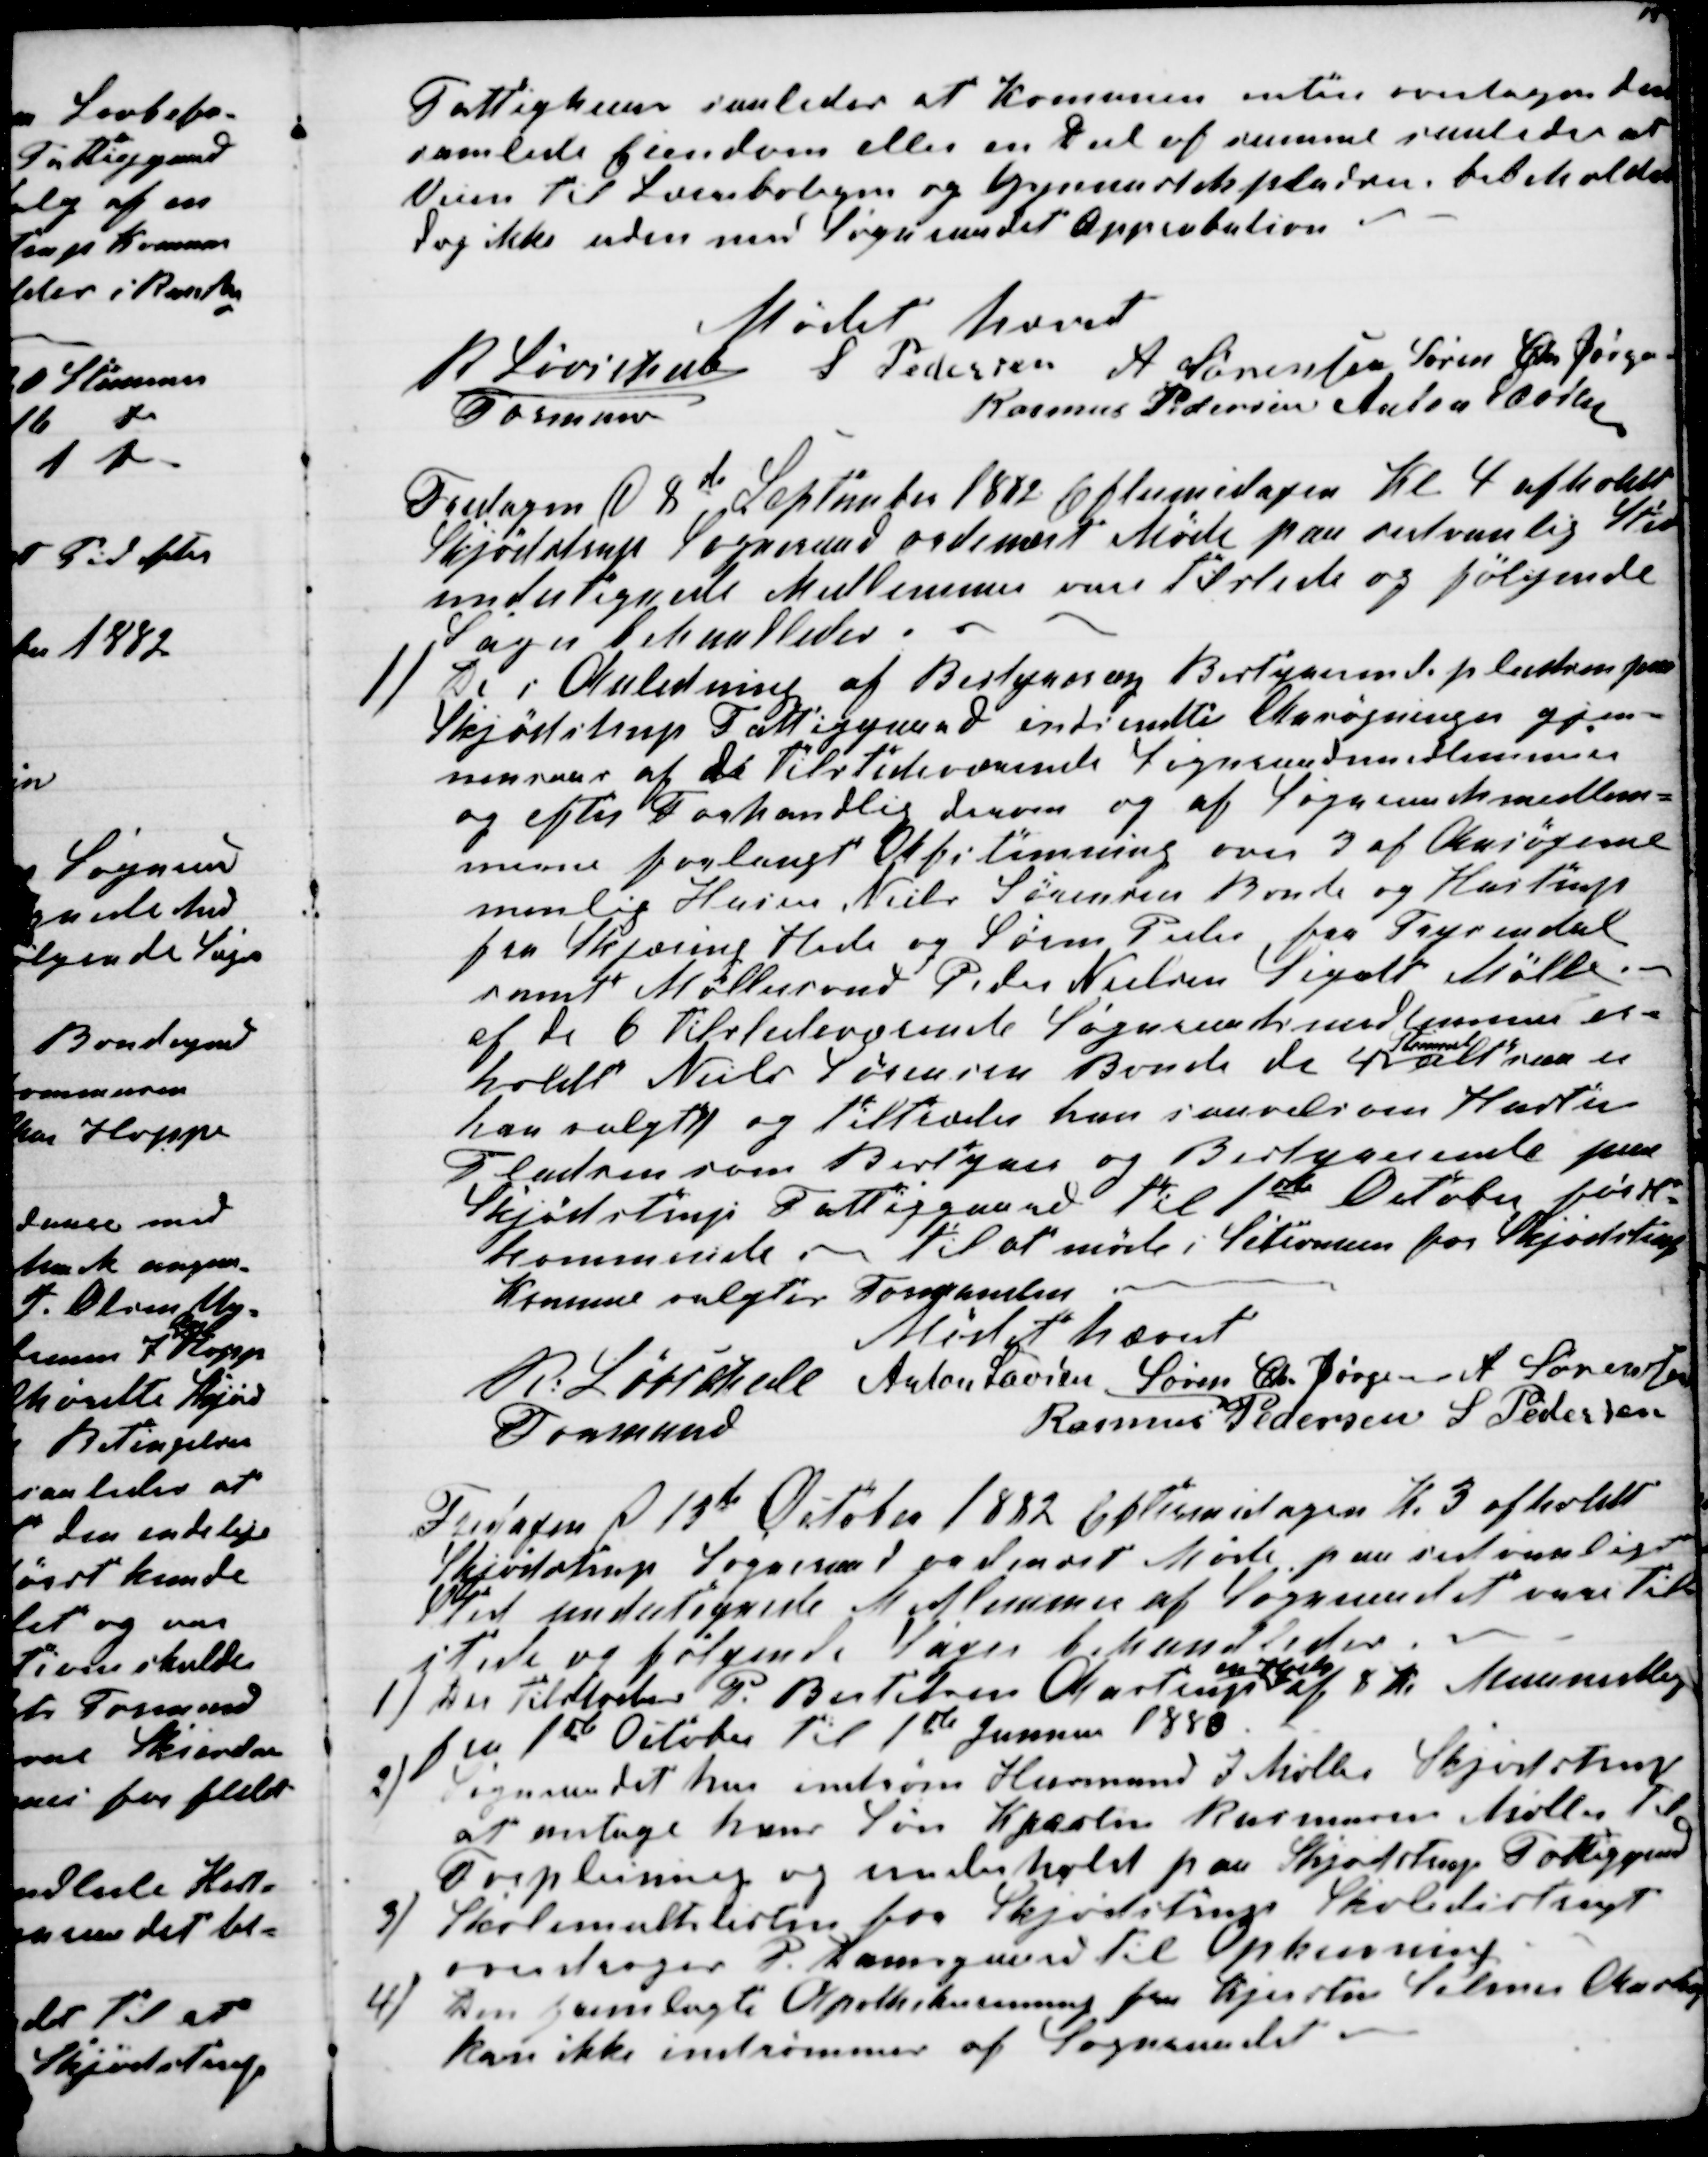
Transskription:
Fattighuus saaledes at Komunen enten overtager den
samlede Eiendom eller en Deel af samme saaledes at
Veien til Lærerboligen og Gymnastikpladsen, bibeholdes
dog ikke uden med Sognraadet approbation
Mødet hævet
R Løvschall
Formand
P Pedersen A Sørensen Søren Chr Jørgensen
Rasmus Pedersen Anton Laursen
Fredagen d 8de September 1882 Eftermidagen Kl 4 afholdt
Skjødstrup Sogneraad ordinært Møde paa sedvanlig Sted
undertegnede Medlemmer vare tilstede og følgende
Sager behandledes.
1)
De i Anledning af Bestyrer og Bestyrerindepladsen paa
Skjødstrup Fattiggaard indsendte Ansøgninger gjen-
nemsaas af de tilstedeværende Sogneraadsmedlemmer
og efter Forhandlig derom og af Sogneraadsmedlem-
merne forlangte Afstemning over 3 af Ansøgerne
nemlig Husm Niels Sørensen Bonde og Hustrup
fra Skjæring Hede og Søren Peder fra Taprendal
samt Møllersvend Peder Nielsen Segalt Mølle.
af de 6 tilstedeværende Sogneraadsmedlemmer er-
holdt Niels Sørensen Bonde de 4
Stemmer
altsaa er
han valgte og tiltræder han saavel som Hustru
Pladsen som Bestyrer og Bestyrerinde paa
Skjødstrup Fattiggaard til 1ste October først-
kommende. til at møde i Sescionen for Skjødstrup
Komune valgtes Formanden.
Mødet hævet
R. Løvschall 
Formand
Anton Laursen Søren Chr Jørgensen A Sørensen
Rasmus Pedersen S Pedersen
Fredagen d 13de October 1882 Eftermidagen Kl 3 afholdt
Skjødstrup Sogneraad ordinært Møde paa sedvanlig
Sted undertegnede Medlemmer af Sogneraadet vare til-
stede og følgende Sager behandledes.
1) Der tilstodes P. Bertelsen Aastrup
en Hjelp
af 8 Kr Maanedlig
fra 1ste October til 1ste Januar 1883
2)
Sogneraadet har indrøm Husmand J Møller Skjødstrup
at antage hans Søn Kresten Rasmussen Møller til
Forplejning og underhold paa Skjødstrup Fattiggaard
3)
Skolemultslisten hos Skjødstrup Skoledistrigt
overdroges P. Damsgaard til Opkrævning
4)
Den fremlagte Apothekerreining fra Kjersten Selmen Aastrup
kan ikke indrømmes af Sogneraadet.